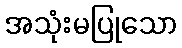
အသုံးမပြုသော